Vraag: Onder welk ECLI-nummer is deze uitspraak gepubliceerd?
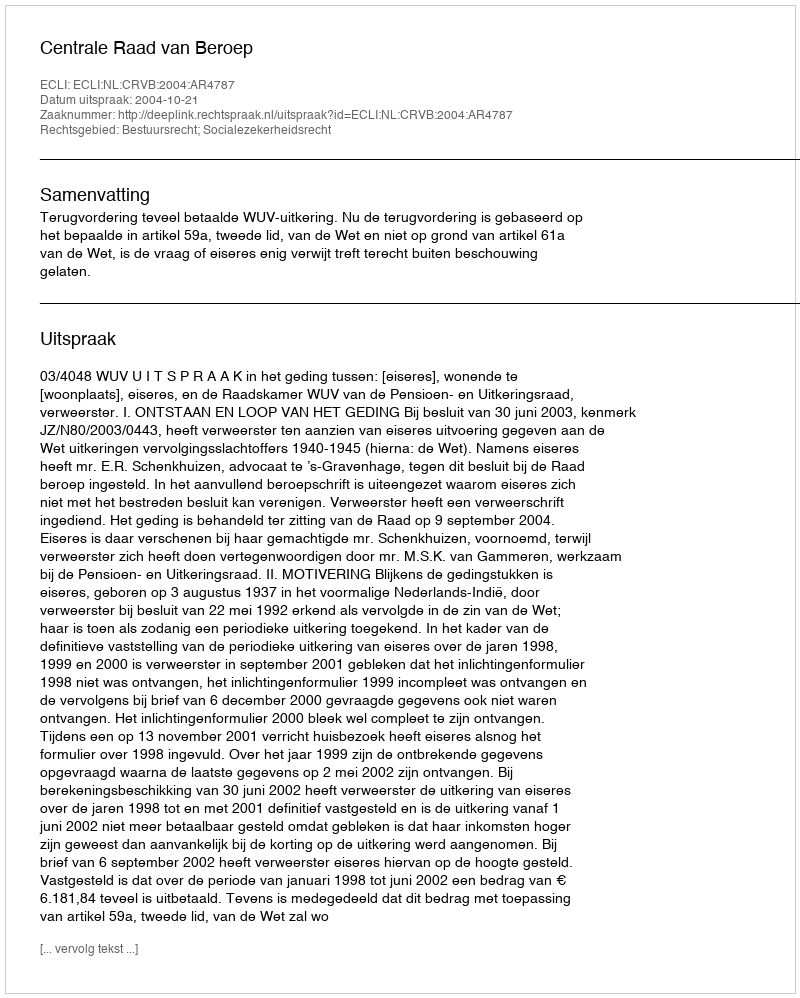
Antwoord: ECLI:NL:CRVB:2004:AR4787